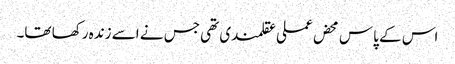
اس کے پاس محض عملی عقلمندی تھی جس نے اسے زندہ رکھا تھا۔